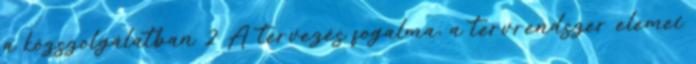
a közszolgálatban 2 A tervezés fogalma, a tervrendszer elemei